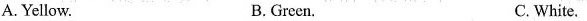
A.Yellow. B.Green. C.White.